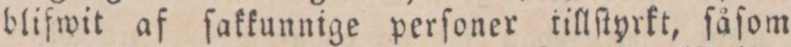
blifwit af ſakkunnige perſoner tillſtyrkt, ſåſom